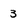
Character: 3